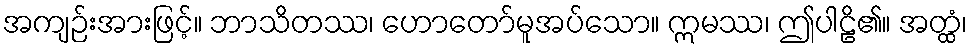
အကျဉ်းအားဖြင့်။ ဘာသိတဿ၊ ဟောတော်မူအပ်သော။ ဣမဿ၊ ဤပါဠိ၏။ အတ္ထံ၊